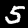
Digit: 5